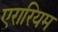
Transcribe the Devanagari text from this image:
एरारियम